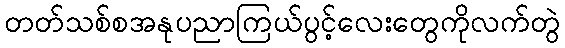
တတ်သစ်စအနုပညာကြယ်ပွင့်လေးတွေကိုလက်တွဲ